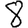
Digit: 8